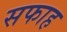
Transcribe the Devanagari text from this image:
सफाह